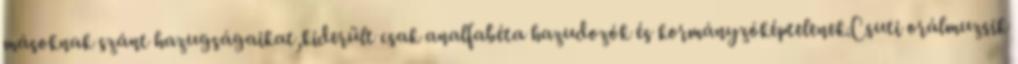
másoknak szánt hazugságaikat,kiderült csak analfabéta hazudozók és kormányzóképtelenek.Csuti orálmuzsik